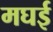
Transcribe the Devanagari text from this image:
मघई